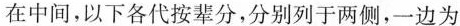
在中间，以下各代按辈分，分别列于两侧，一边为